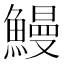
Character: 鰻